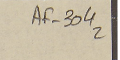
AF-304 2